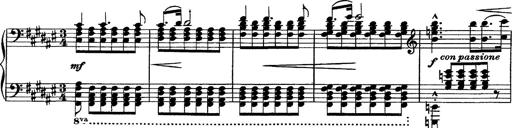
Title: Piano Sonata
Composer: Karl HÃ¤ssler
Key: C major